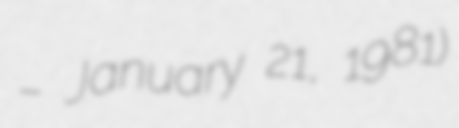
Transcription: – January 21, 1981)